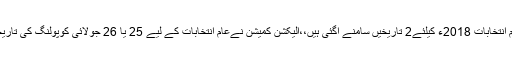
تاہم اب الیکشن کمیشن نے عام انتخابات 2018ء کیلئے2 تاریخیں سامنے آگئی ہیں،،الیکشن کمیشن نےعام انتخابات کے لیے 25 یا 26 جولائی کوپولنگ کی تاریخوں پرغور شروع کردیا ہے۔